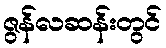
ဇွန်လဆန်းတွင်